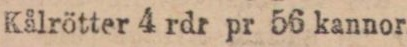
Kålrötter 4 rdr pr 56 kannor.